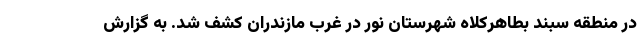
در منطقه سبند بطاهرکلاه شهرستان نور در غرب مازندران کشف شد. به گزارش